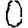
Digit: 0